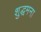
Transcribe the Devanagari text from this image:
शुद्धमना